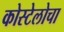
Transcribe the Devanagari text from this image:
कोस्टेलोचा